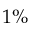
1 \%